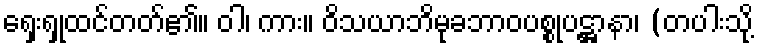
ရှေးရှုထင်တတ်၏။ ဝါ၊ ကား။ ဝိသယာဘိမုခဘာဝပစ္စုပဋ္ဌာနာ၊ (တပါးသို့